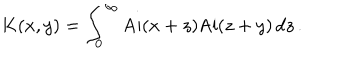
K ( x , y ) = \int _ { 0 } ^ { \infty } \mathrm { A i } ( x + z ) \mathrm { A i } ( z + y ) \, d z \, .